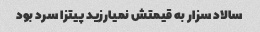
سالاد سزار به قیمتش نمیارزید پیتزا سرد بود